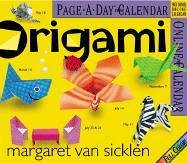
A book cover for Origami Calendar 2006; Margaret Van Sicklen; Calendars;